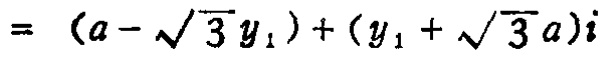
\[ = (a - \sqrt{3}y_1)+(y_1 + \sqrt{3}a)i \]